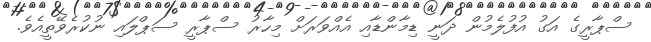
ސްޕާރީގެ އަގު އުފުލެމުން ދަނީ ޑިމާންޑާއި އެއްވަރަށް މިހާރު ސްޕާރީ ސަޕްލައި ނުކުރެވޭތީއެވެ.